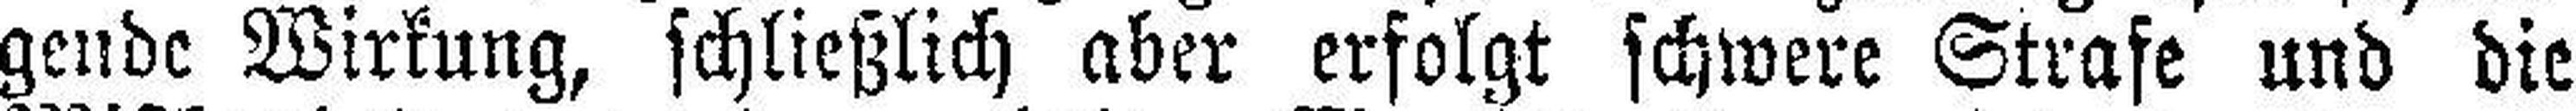
gende Wirkung, schließlich aber erfolgt schwere Strafe und die